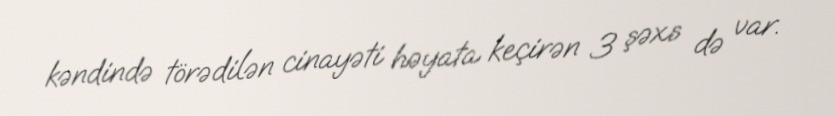
kəndində törədilən cinayəti həyata keçirən 3 şəxs də var.